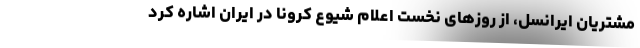
مشتریان ایرانسل، از روزهای نخست اعلام شیوع کرونا در ایران اشاره کرد